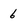
Character: 6